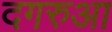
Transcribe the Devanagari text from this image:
दगरुआ